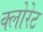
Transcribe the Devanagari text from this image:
क्‍लोरेट